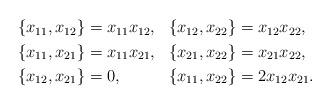
\begin{align*}\begin{aligned}\{x_{11},x_{12}\} &= x_{11}x_{12}, & \{x_{12},x_{22}\} &= x_{12}x_{22}, \\\{x_{11},x_{21}\} &= x_{11}x_{21}, & \{x_{21},x_{22}\} &= x_{21}x_{22}, \\\{x_{12},x_{21}\} &= 0, & \{x_{11},x_{22}\} &= 2x_{12}x_{21}.\end{aligned}\end{align*}